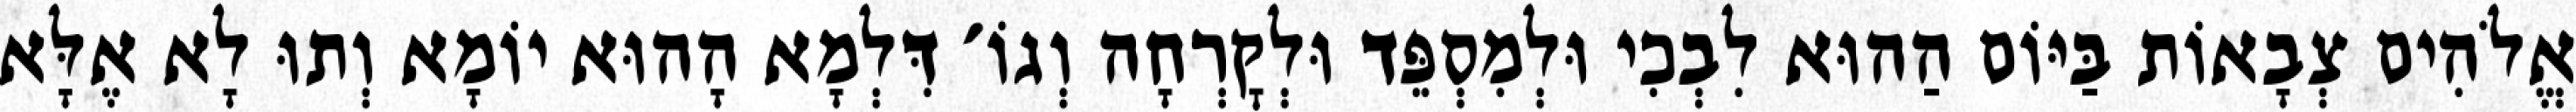
אֱלֹהִים צְבָאוֹת בַּיּוֹם הַהוּא לִבְכִי וּלְמִסְפֵּד וּלְקׇרְחָה וְגוֹ׳ דִּלְמָא הָהוּא יוֹמָא וְתוּ לָא אֶלָּא